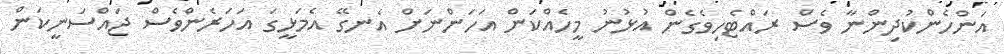
އަންހެންކުދިންނާ ވެސް ރައްޓެހިވެގެން އުޅުނު މީހެއްކަން އަހަންނަށް އެނގޭ އެމަޅީގަ އަހަރެންވެސް ޖައްސަނީކަން